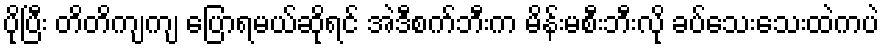
ပိုပြီး တိတိကျကျ ပြောရမယ်ဆိုရင် အဲဒီစက်ဘီးက မိန်းမစီးဘီးလို ခပ်သေးသေးထဲကပဲ